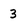
Character: 3